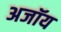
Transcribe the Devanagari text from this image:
अजॉय